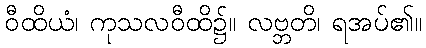
ဝီထိယံ၊ ကုသလဝီထိ၌။ လဗ္ဘတိ၊ ရအပ်၏။